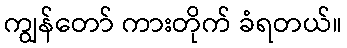
ကျွန်တော် ကားတိုက် ခံရတယ်။